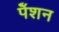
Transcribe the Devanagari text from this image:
पेँशन